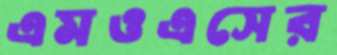
এমওএসের